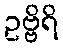
ဥဗ္ဗိရိ